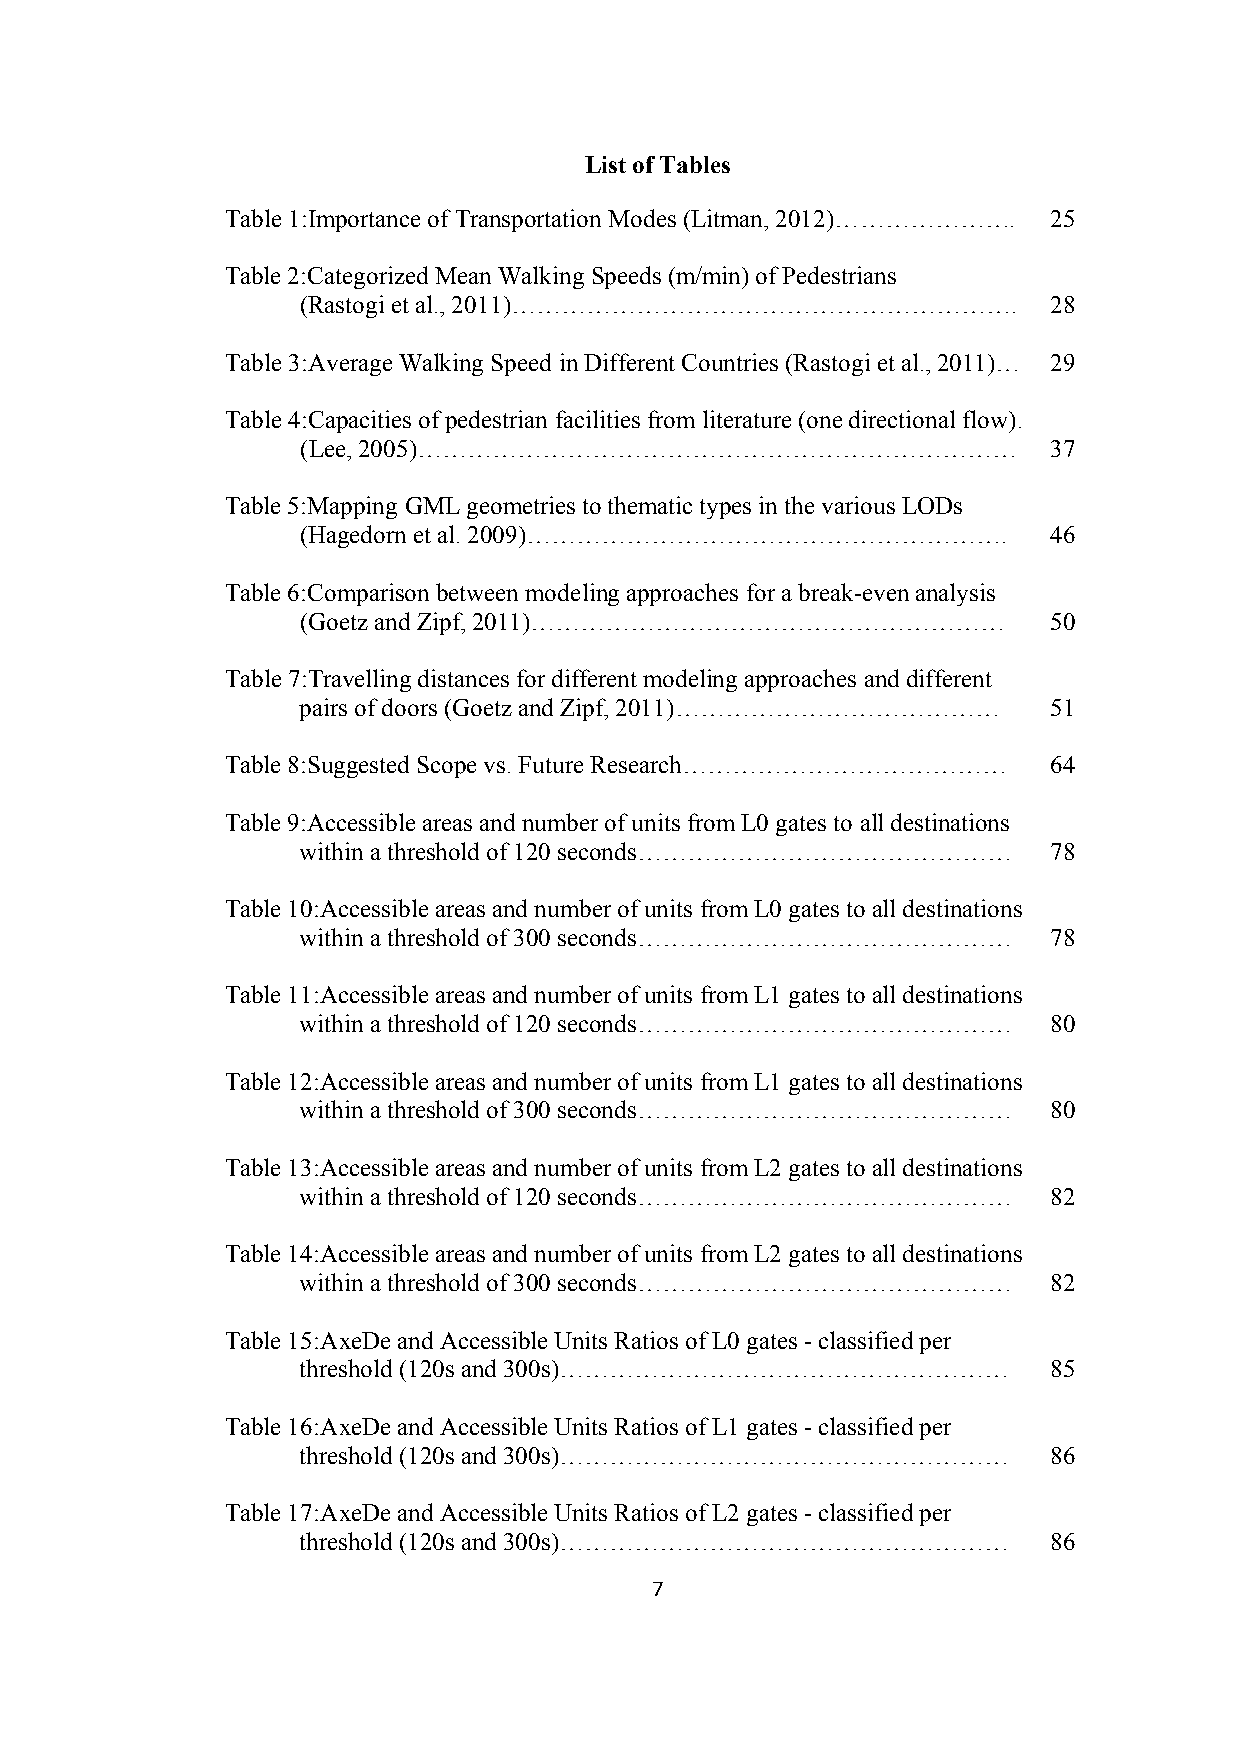
List of Tables
 Table 1:Importance of Transportation Modes (Litman, 2012)…………………. 25
 Table 2:Categorized Mean Walking Speeds (m/min) of Pedestrians
 (Rastogi et al., 2011)…………………………………………………….       28
 Table 3:Average Walking Speed in Different Countries (Rastogi et al., 2011)… 29
 Table 4:Capacities of pedestrian facilities from literature (one directional flow).
 (Lee, 2005)………………………………………………………………               37
 Table 5:Mapping GML geometries to thematic types in the various LODs
 (Hagedorn et al. 2009)………………………………………………….        46
 Table 6:Comparison between modeling approaches for a break-even analysis
 (Goetz and Zipf, 2011)…………………………………………………         50
 Table 7:Travelling distances for different modeling approaches and different
 pairs of doors (Goetz and Zipf, 2011) ………………………………… 51
 Table 8:Suggested Scope vs. Future Research………………………………… 64
 Table 9:Accessible areas and number of units from L0 gates to all destinations
 within a threshold of 120 seconds………………………………………  78
 Table 10:Accessible areas and number of units from L0 gates to all destinations
 within a threshold of 300 seconds………………………………………  78
 Table 11:Accessible areas and number of units from L1 gates to all destinations
 within a threshold of 120 seconds………………………………………  80
 Table 12:Accessible areas and number of units from L1 gates to all destinations
 within a threshold of 300 seconds………………………………………  80
 Table 13:Accessible areas and number of units from L2 gates to all destinations
 within a threshold of 120 seconds………………………………………  82
 Table 14:Accessible areas and number of units from L2 gates to all destinations
 within a threshold of 300 seconds………………………………………  82
 Table 15:AxeDe and Accessible Units Ratios of L0 gates - classified per
 threshold (120s and 300s)………………………………………………       85
 Table 16:AxeDe and Accessible Units Ratios of L1 gates - classified per
 threshold (120s and 300s)………………………………………………       86
 Table 17:AxeDe and Accessible Units Ratios of L2 gates - classified per
 threshold (120s and 300s)………………………………………………       86
 7